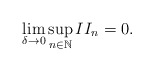
\begin{align*}\lim_{\delta\rightarrow 0}\sup_{n\in\mathbb{N}} II_n = 0 .\end{align*}